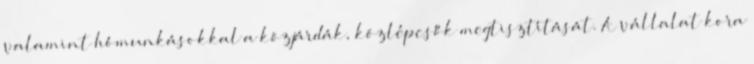
valamint hómunkásokkal a közjárdák, közlépcsők megtisztítását. A vállalat kora